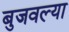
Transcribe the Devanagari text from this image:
बुजवल्या